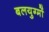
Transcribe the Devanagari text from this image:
बलयुग्मों